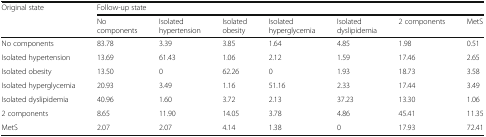
| <ROWSPAN=2> Original state | <COLSPAN=7> Follow-up state |
 | No components | Isolated hypertension | Isolated obesity | Isolated hyperglycemia | Isolated dyslipidemia | 2 components | MetS |
 | --- | --- | --- | --- | --- | --- | --- | --- |
 | No components | 83.78 | 3.39 | 3.85 | 1.64 | 4.85 | 1.98 | 0.51 |
 | Isolated hypertension | 13.69 | 61.43 | 1.06 | 2.12 | 1.59 | 17.46 | 2.65 |
 | Isolated obesity | 13.50 | 0 | 62.26 | 0 | 1.93 | 18.73 | 3.58 |
 | Isolated hyperglycemia | 20.93 | 3.49 | 1.16 | 51.16 | 2.33 | 17.44 | 3.49 |
 | Isolated dyslipidemia | 40.96 | 1.60 | 3.72 | 2.13 | 37.23 | 13.30 | 1.06 |
 | 2 components | 8.65 | 11.90 | 14.05 | 3.78 | 4.86 | 45.41 | 11.35 |
 | MetS | 2.07 | 2.07 | 4.14 | 1.38 | 0 | 17.93 | 72.41 |